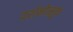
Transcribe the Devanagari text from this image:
दर्शनोत्सुक